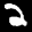
Label: 2